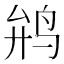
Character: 𱉡